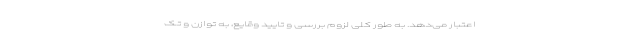
اعتبار می‌دهد. به طور کلی لزوم بررسی و تایید وقایع، به توازن و تک